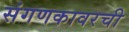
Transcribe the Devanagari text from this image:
संगणकावरची